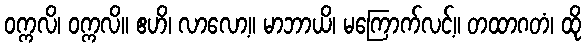
ဝက္ကလိ၊ ဝက္ကလိ။ ဧဟိ၊ လာလော့။ မာဘာယိ၊ မကြောက်လင့်။ တထာဂတံ၊ ထို